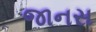
જાનસ